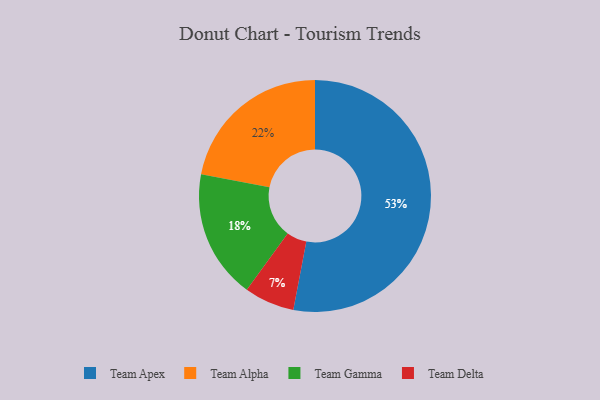
{"axis": {"x": "Category", "y": "Percentage"}, "legend": ["Team Alpha", "Team Apex", "Team Delta", "Team Gamma"], "data": [{"x": "Team Apex", "y": 53, "type": "Team Apex"}, {"x": "Team Alpha", "y": 22, "type": "Team Alpha"}, {"x": "Team Delta", "y": 7, "type": "Team Delta"}, {"x": "Team Gamma", "y": 18, "type": "Team Gamma"}]}